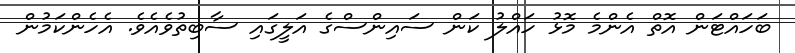
ބަހައްޓަން އޮތް އެންމެ މޮޅު ހައްލު ކަން ސައިންސްގެ އަލީގައި ސާބިތުވެއެވެ. އެހެންކަމުން